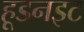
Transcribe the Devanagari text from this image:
हूडनइट